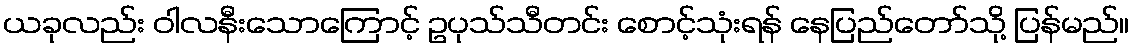
ယခုလည်း ဝါလနီးသောကြောင့် ဥပုသ်သီတင်း စောင့်သုံးရန် နေပြည်တော်သို့ ပြန်မည်။